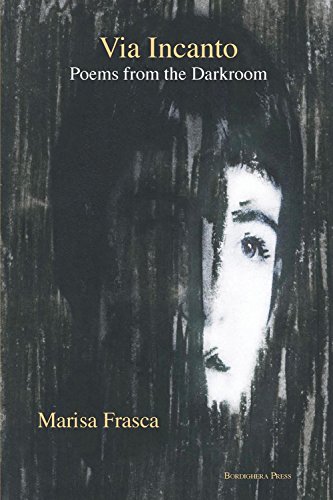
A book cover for Via Incanto: Poems from the Darkroom (Via Folios); Marisa Frasca; Literature & Fiction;